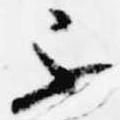
不